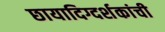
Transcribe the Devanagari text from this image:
छायादिग्दर्शकांची